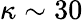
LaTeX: \kappa\sim 30